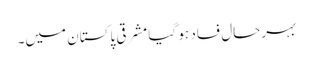
بہرحال فساد ہو گیا مشرقی پاکستان میں۔